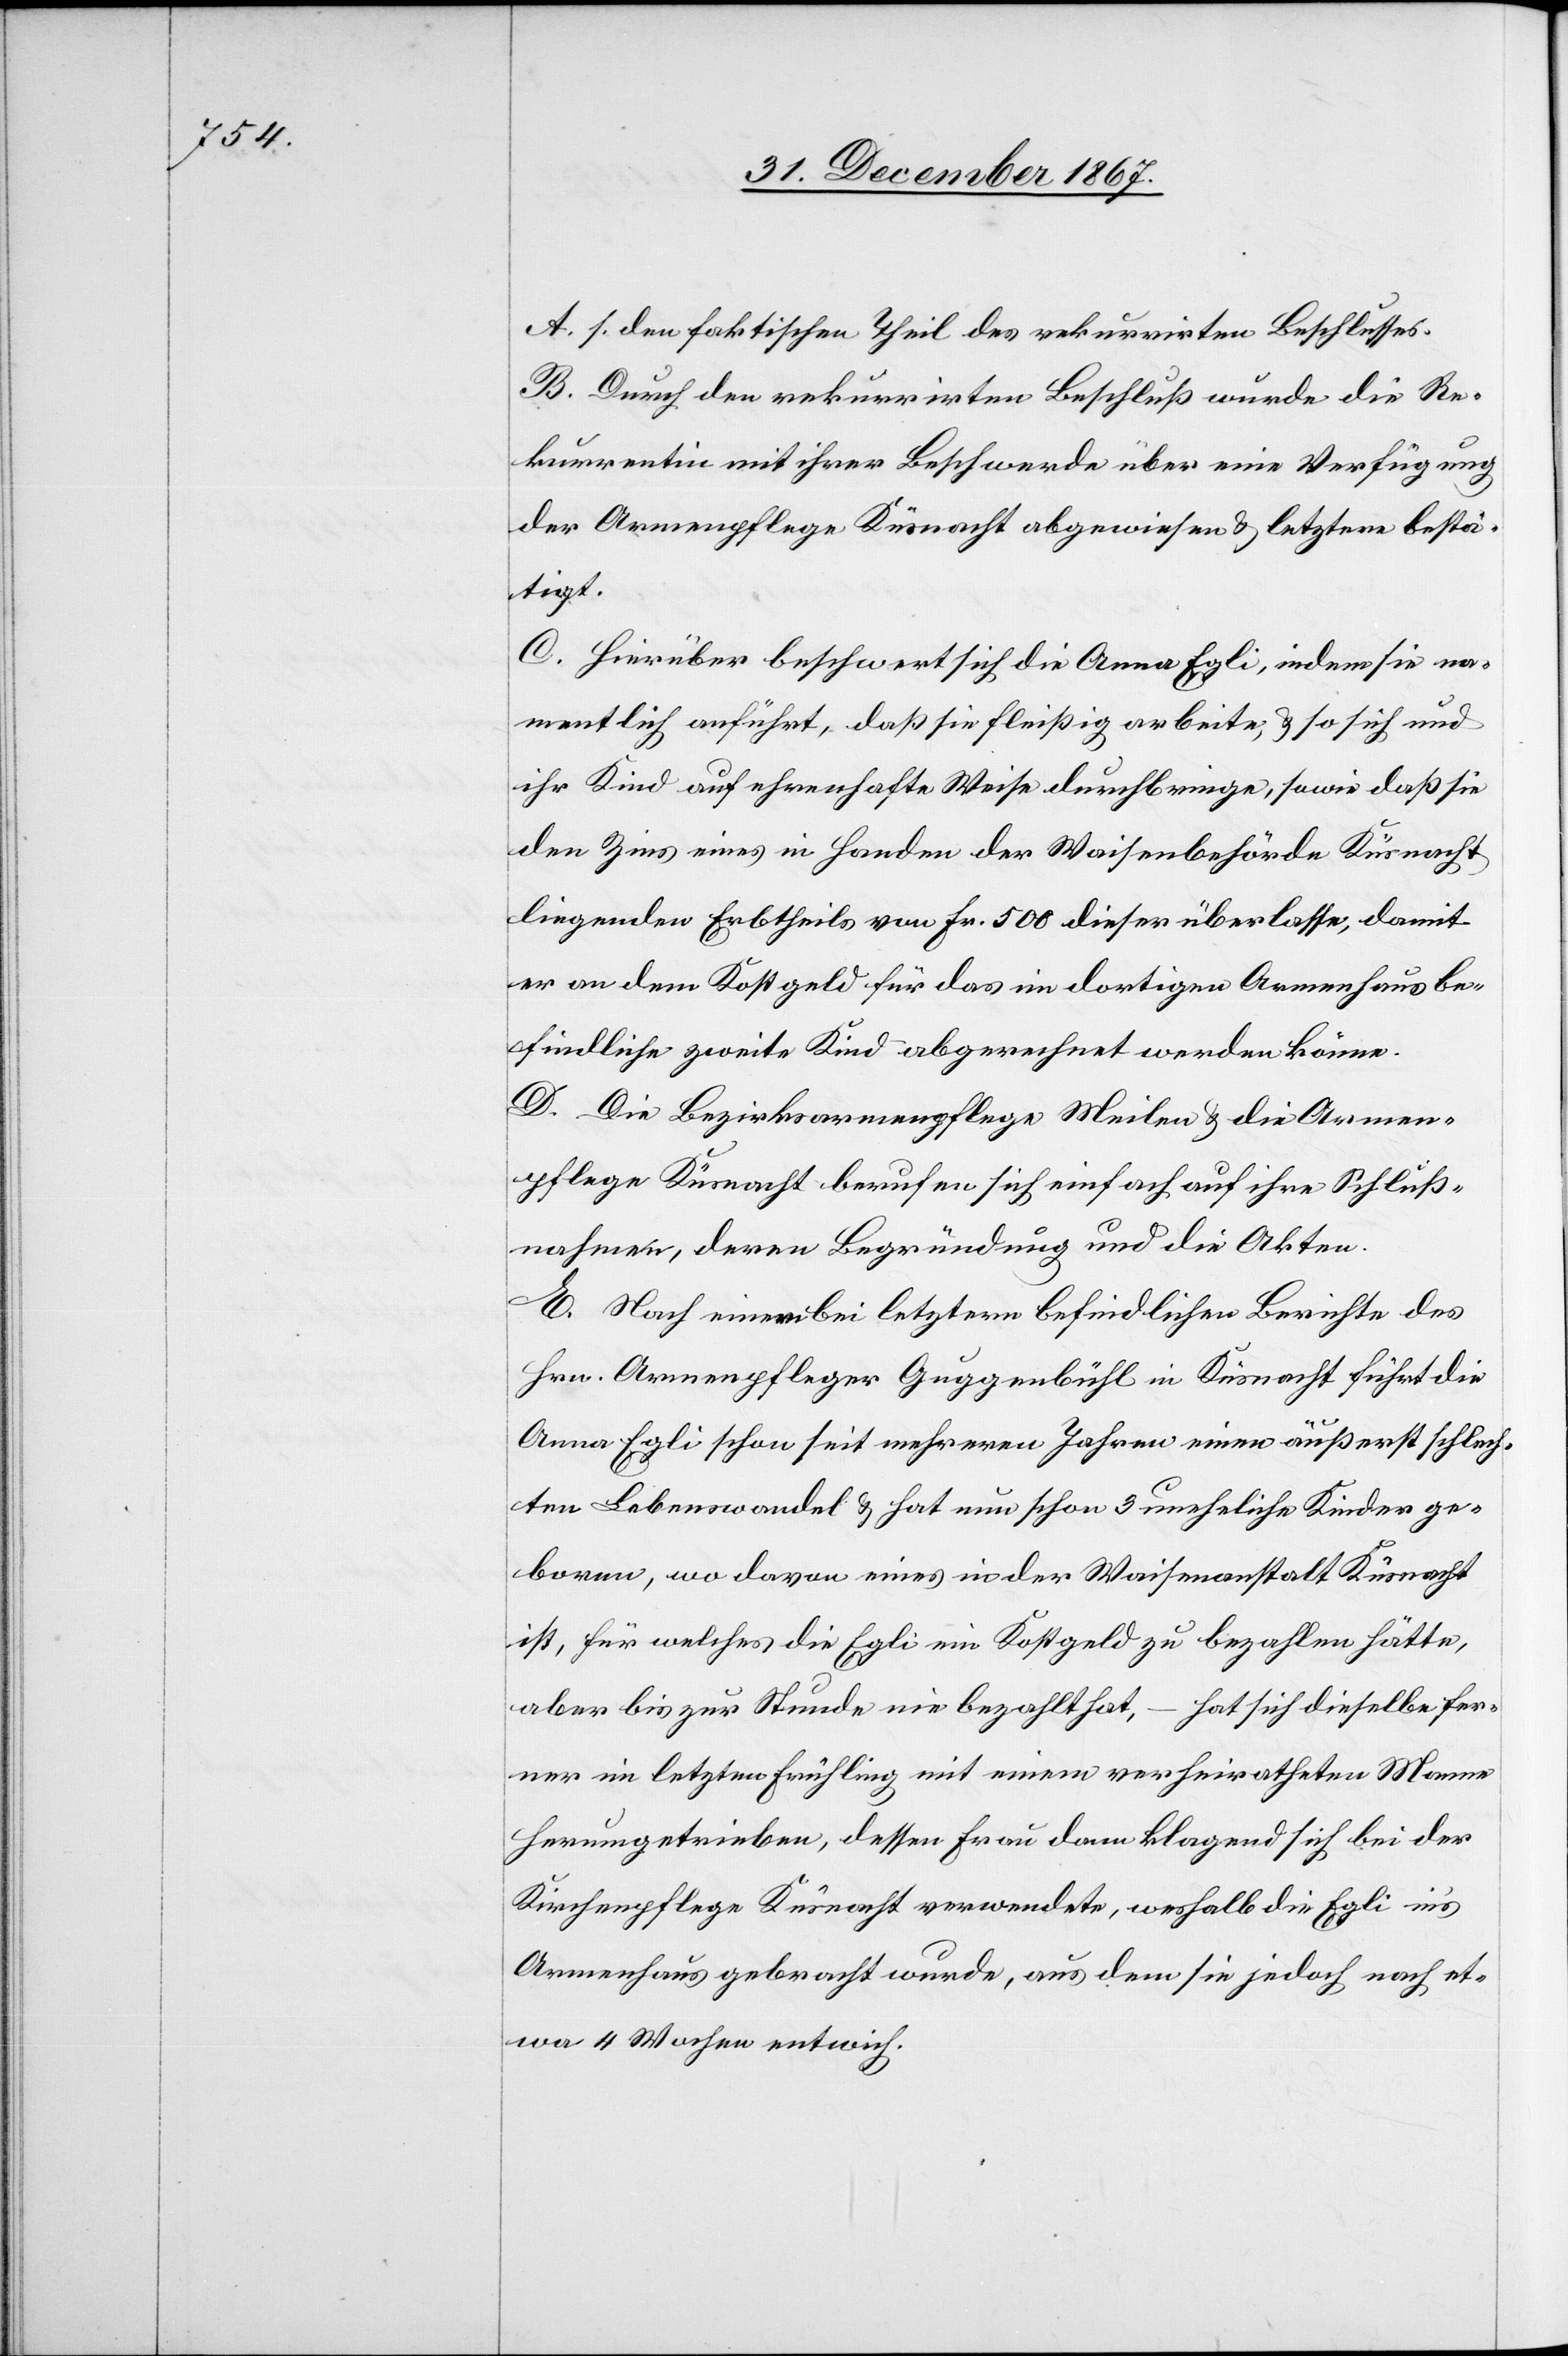
A. s. den faktischen Theil des rekurrirten Beschlusses.
B. Durch den rekurrirten Beschluß wurde die Re¬
kurrentin mit ihrer Beschwerde über eine Verfügung
der Armenpflege Küsnacht [sic!] abgewiesen u. letztere bestä¬
tigt.
C. Hierüber beschwert sich die Anna Egli, indem sie na¬
mentlich anführt, daß sie fleißig arbeite, u. so sich und
ihr Kind auf ehrenhafte Weise durchbringe, so wie daß sie
den Zins eines in Handen der Waisenbehörde Küsnacht
liegenden Erbtheils von Fr. 500 dieser überlasse, damit
er an dem Kostgeld für das im dortigen Armenhaus be¬
findliche zweite Kind abgerechnet werden könne.
D. Die Bezirksarmenpflege Meilen u. die Armen¬
pflege Küsnacht berufen sich einfach auf ihre Schluß¬
nahmen, deren Begründung und die Akten.
E. Nach einem bei letztern befindlichen Berichte des
Hrn. Armenpfleger Guggenbühl in Küsnacht führt die
Anna Egli schon seit mehreren Jahren einen äußerst schlech¬
ten Lebenswandel u. hat nun schon 3 uneheliche Kinder ge¬
boren, wo davon eines in der Waisenanstalt Küsnacht
ist, für welches die Egli ein Kostgeld zu bezahlen hätte,
aber bis zur Stunde nie bezahlt hat, – hat sich dieselbe fer¬
ner im letzten Frühling mit einem verheiratheten Manne
herumgetrieben, dessen Frau dann klagend sich bei der
Kirchenpflege Küsnacht verwendete, weshalb die Egli in’s
Armenhaus gebracht wurde, aus dem sie jedoch nach et¬
wa 4 Wochen entwich.